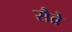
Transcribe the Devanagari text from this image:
सैव्रे